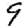
Digit: 9